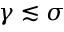
\gamma \lesssim \sigma